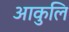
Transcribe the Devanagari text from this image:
आकुलि